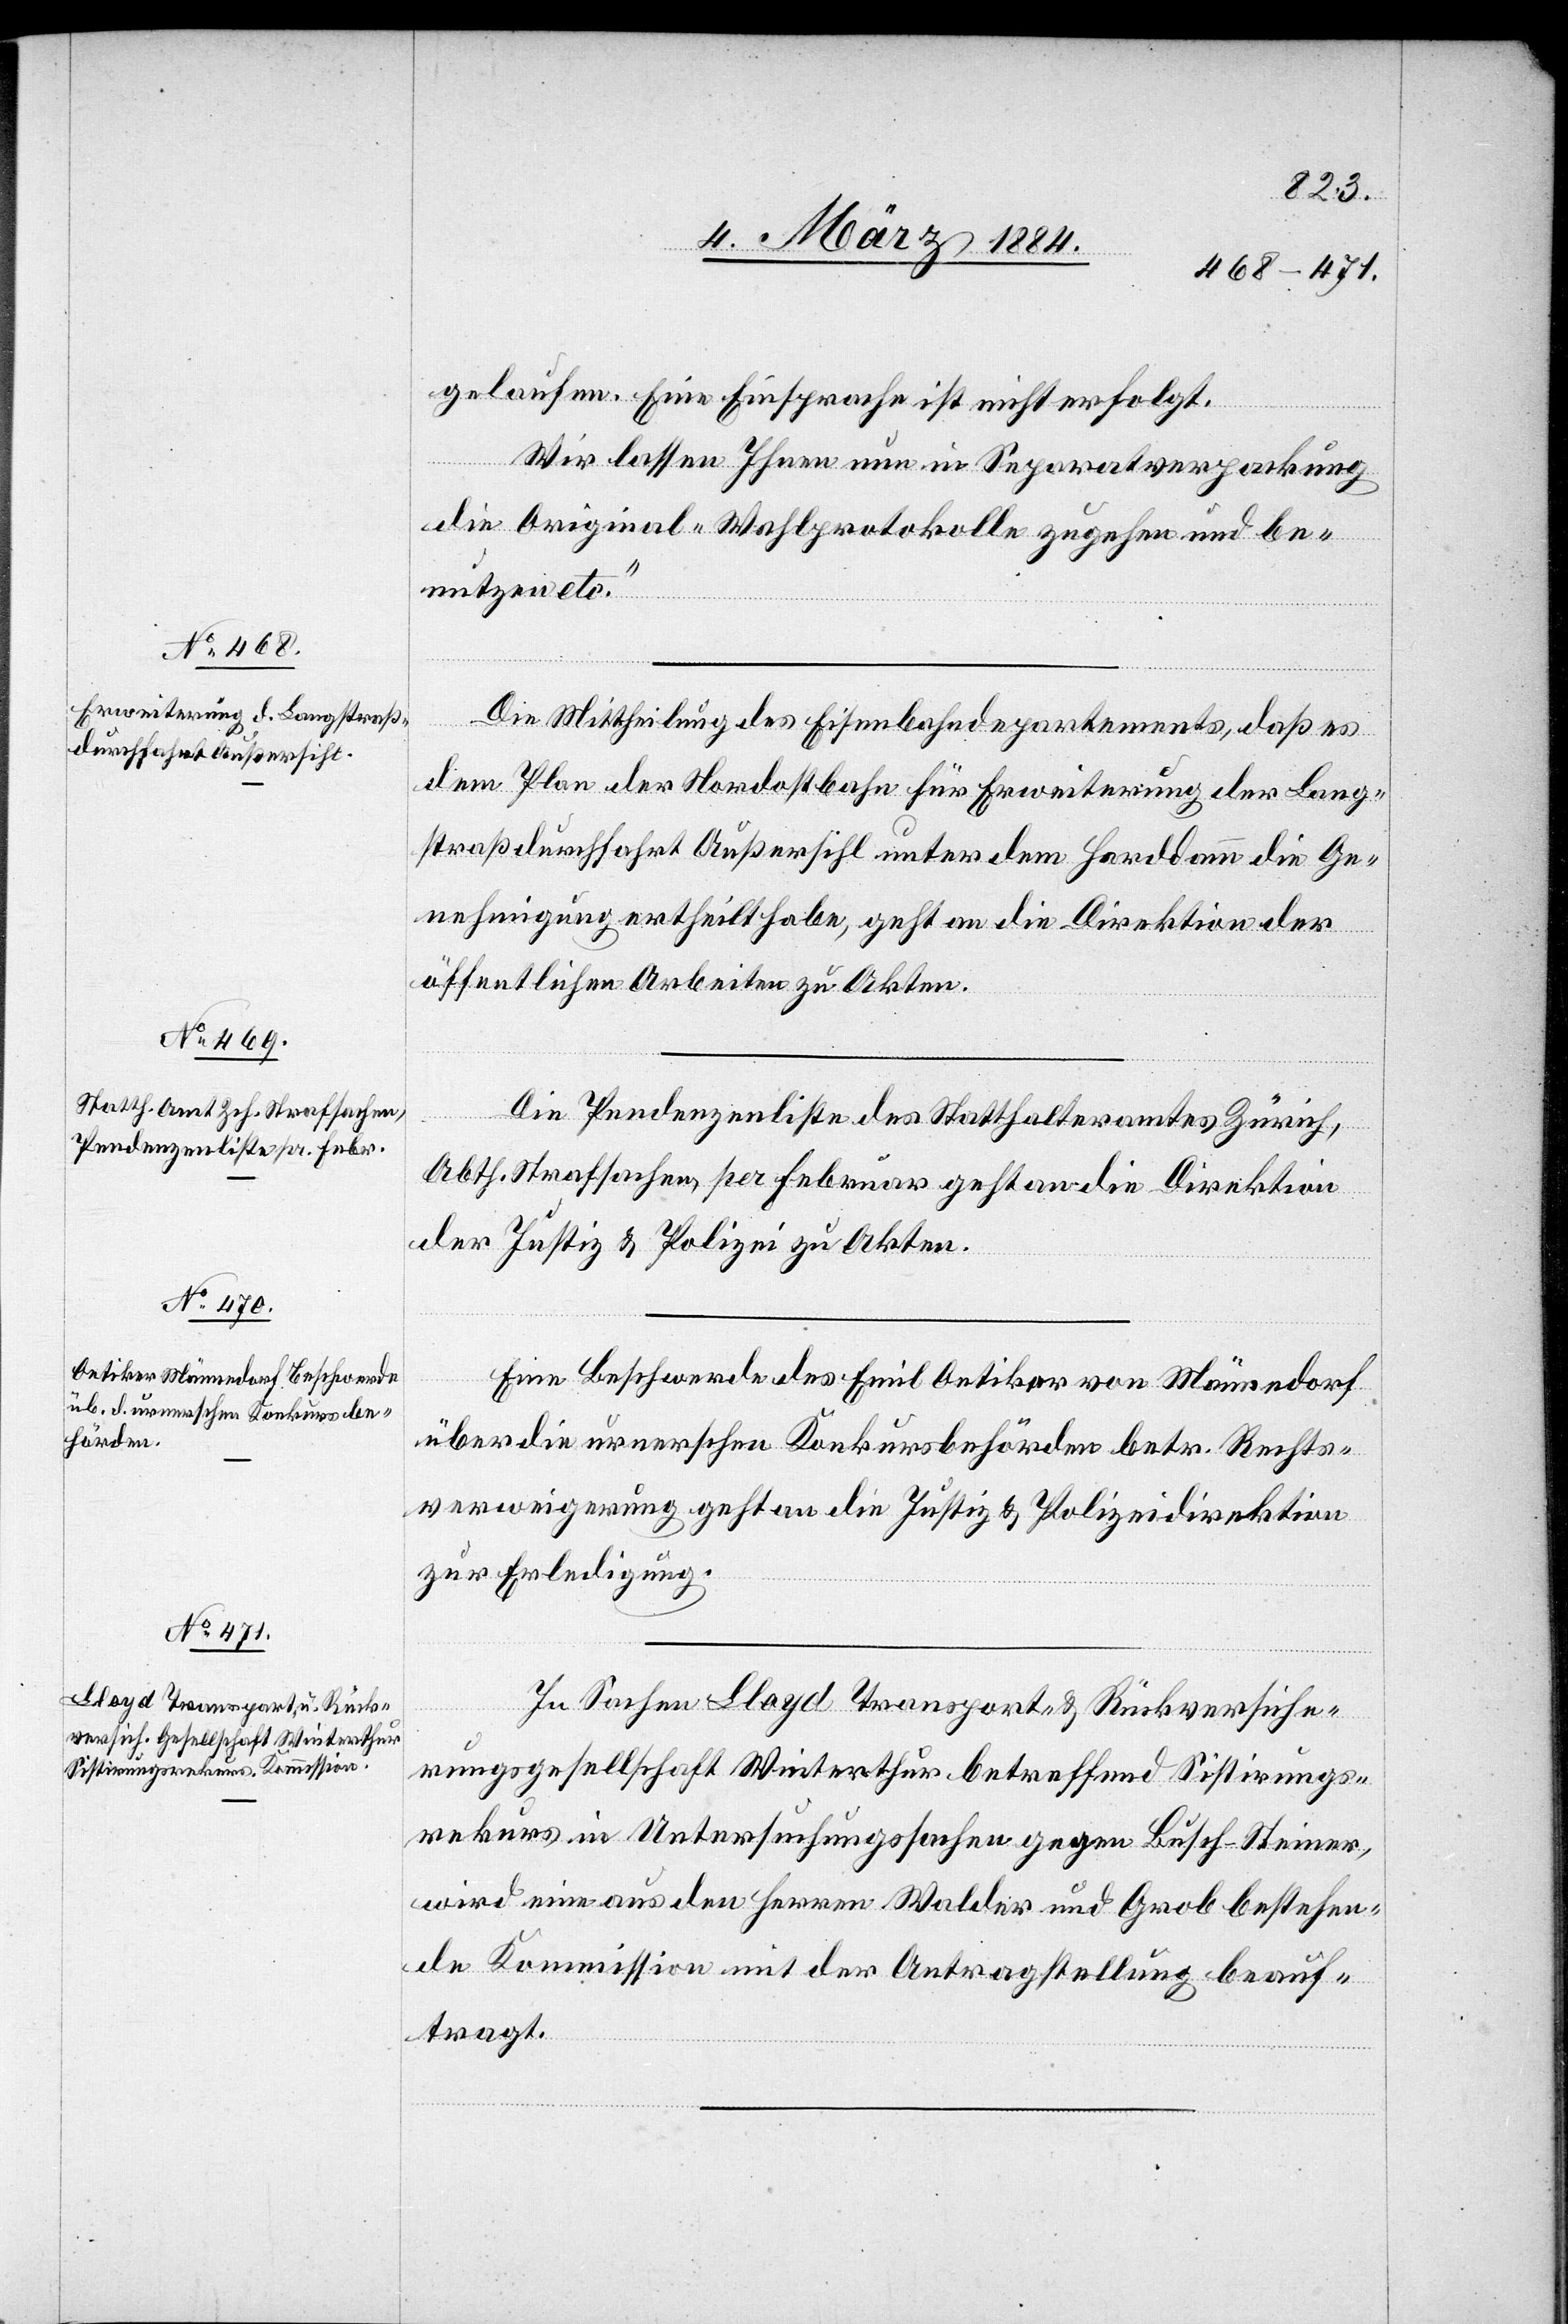
7. März 1884.]
gelaufen. Eine Einsprache ist nicht erfolgt.
Wir lassen Ihnen nun in Separatverpackung
die Original-Wahlprotokolle zugehen und be¬
nutzen etc.“
Die Mittheilung des Eisenbahndepartements, daß es
dem Plan der Nordostbahn für Erweiterung der Lang¬
straßendurchfahrt Außersihl unter dem Harddamm die Ge¬
nehmigung ertheilt habe, geht an die Direktion der
öffentlichen Arbeiten zu Akten.
Die Pendenzenliste des Statthalteramtes Zürich,
Abth. Strafsachen, per Februar geht an die Direktion
der Justiz & Polizei zu Akten.
Eine Beschwerde des Emil Oetiker von Männedorf
über die urnerschen Konkursbehörden betr. Rechts¬
verweigerung geht an die Justiz- & Polizeidirektion
zur Erledigung.
In Sachen Lloyd Transport- & Rückversiche¬
rungsgesellschaft Winterthur betreffend Sistierungs¬
rekurs in Untersuchungssachen gegen Busch-Steiner,
wird eine aus den Herren Walder und Grob bestehen¬
de Kommission mit der Antragstellung beauf¬
tragt.